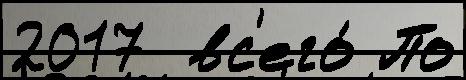
2017  вс'его́ По